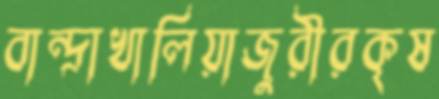
বান্দ্রাখালিয়াজুরীরকৃষ